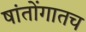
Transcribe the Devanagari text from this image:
षांतोंगातच